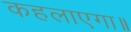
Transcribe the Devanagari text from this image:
कहलाएगा॥